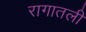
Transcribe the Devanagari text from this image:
रागातली